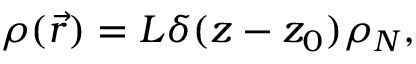
\rho ( \vec { r } ) = L \delta ( z - z _ { 0 } ) \rho _ { N } ,